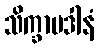
သိက္ခာပဒါနံ